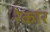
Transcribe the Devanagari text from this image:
रेकार